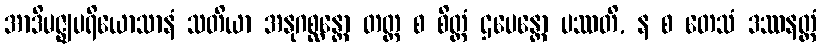
အာဒိမဇ္ဈပရိယောသာနံ သတိယာ အနုဂစ္ဆန္တော တတ္ထ စ စိတ္တံ ဌပေန္တော ပဿတိ, န စ တေသံ ဒဿနတ္ထံ